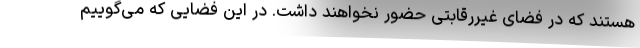
هستند که در فضای غیررقابتی حضور نخواهند داشت. در این فضایی که می‌گوییم